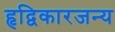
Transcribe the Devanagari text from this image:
हृद्विकारजन्य